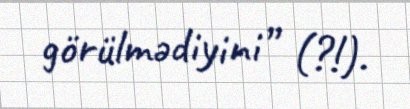
görülmədiyini” (?!).